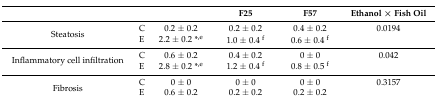
|  |  |  | F25 | F57 | Ethanol × Fish Oil |
 | --- | --- | --- | --- | --- | --- |
 | <ROWSPAN=2> Steatosis | C | 0.2 ± 0.2 | 0.2 ± 0.2 | 0.4 ± 0.2 | 0.0194 |
 | E | 2.2 ± 0.2 *,e | 1.0 ± 0.4 f | 0.6 ± 0.4 f |  |
 | <ROWSPAN=2> Inflammatory cell infiltration | C | 0.6 ± 0.2 | 0.4 ± 0.2 | 0 ± 0 | 0.042 |
 | E | 2.8 ± 0.2 *,e | 1.2 ± 0.4 f | 0.8 ± 0.5 f |  |
 | <ROWSPAN=2> Fibrosis | C | 0 ± 0 | 0 ± 0 | 0 ± 0 | 0.3157 |
 | E | 0.6 ± 0.2 | 0.2 ± 0.2 | 0.2 ± 0.2 |  |